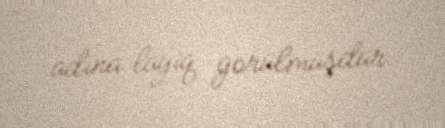
adına layiq gorülmüşdür.